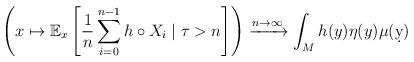
LaTeX: \begin{align*} \left(x\mapsto \mathbb E_x \left[\frac{1}{n} \sum_{i=0}^{n-1}h\circ X_i \mid \tau > n\right]\right) \xrightarrow{n\to\infty} \int_M h(y) \eta(y) \mu(\d y) \end{align*}